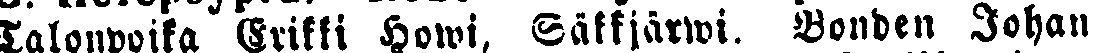
Talonpoika Erikki Howi, Säkkjärwi. Bonden Johan